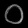
Digit: ၀